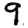
Digit: 9